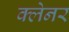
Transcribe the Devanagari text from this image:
क्लेनर